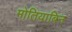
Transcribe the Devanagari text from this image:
मोतियाबिन